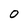
Character: 0